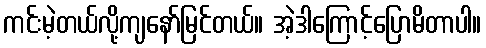
ကင်းမဲ့တယ်လို့ကျနော်မြင်တယ်။ အဲ့ဒါကြောင့်ပြောမိတာပါ။